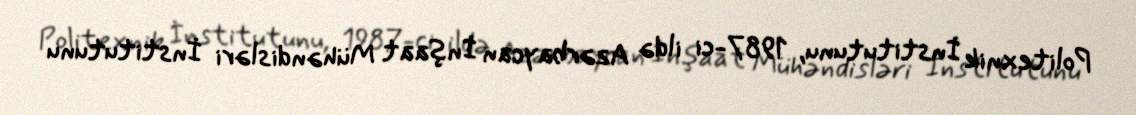
Politexnik İnstitutunu, 1987-ci ildə Azərbaycan İnşaat Mühəndisləri İnstitutunu